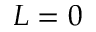
L = 0